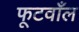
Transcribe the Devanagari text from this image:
फूटवाँल